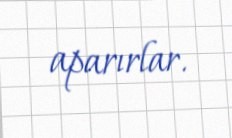
aparırlar.